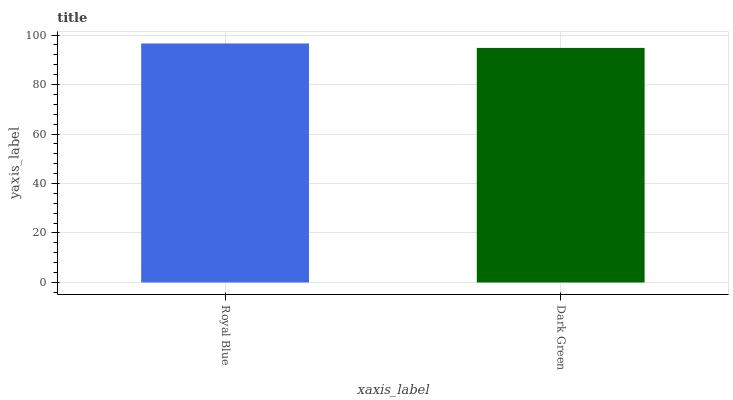
| xaxis_label | bars |
 | --- | --- |
 | Royal Blue | 96.6 |
 | Dark Green | 94.8 |